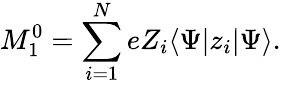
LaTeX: M_{1}^{0}=\sum_{i=1}^{N}eZ_{i}\langle\Psi|z_{i}|\Psi\rangle.